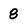
Character: 8